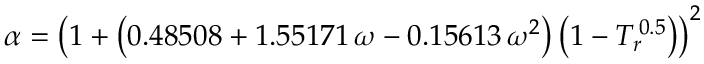
\alpha = \left( 1 + \left( 0 . 4 8 5 0 8 + 1 . 5 5 1 7 1 \, \omega - 0 . 1 5 6 1 3 \, \omega ^ { 2 } \right) \left( 1 - T _ { r } ^ { \, 0 . 5 } \right) \right) ^ { 2 }